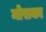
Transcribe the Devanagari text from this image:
मोसका